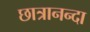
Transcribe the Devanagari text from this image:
छात्रानन्दा